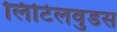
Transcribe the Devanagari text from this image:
लिटिलवुडस